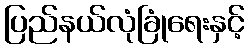
ပြည်နယ်လုံခြုံရေးနှင့်